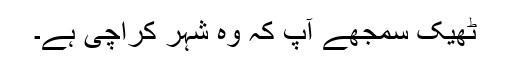
ٹھیک سمجھے آپ کہ وہ شہر کراچی ہے۔